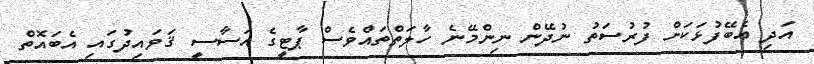
އަދި އެބޭފުޅަކަށް ފުރުސަތު ނުދޭން ނިންމޭނެ ހާލަތްތައްވެސް ޕާޓީގެ އަސާސީ ޤަވައިދުގައި އެބައޮތް